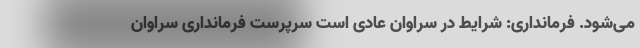
می‌شود. فرمانداری: شرایط در سراوان عادی است سرپرست فرمانداری سراوان